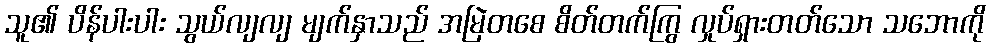
သူ၏ ပိန်ပါးပါး သွယ်လျလျ မျက်နှာသည် အမြဲတစေ စိတ်တက်ကြွ လှုပ်ရှားတတ်သော သဘောကို